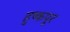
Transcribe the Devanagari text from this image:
हुष्कपुर